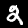
Digit: 2